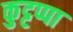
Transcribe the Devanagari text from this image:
कुट्टप्पा